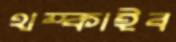
থম্‌কাইব